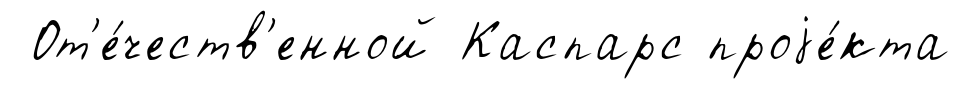
От'е́честв'енной Каспарс проjе́кта